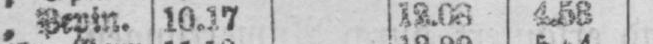
4.58